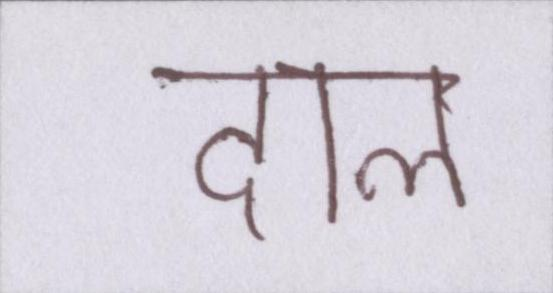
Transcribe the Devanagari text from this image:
दाल